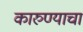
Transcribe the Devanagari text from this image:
कारुण्याचा